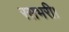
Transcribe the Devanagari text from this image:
रसभरी।